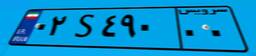
۳۶S۲۲۰۳۲